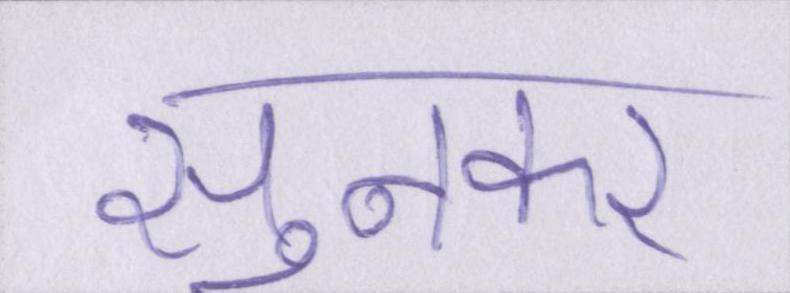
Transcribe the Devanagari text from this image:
सुनकर